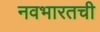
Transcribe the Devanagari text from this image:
नवभारतची